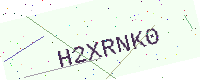
Text: H2XRNK0